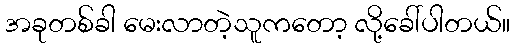
အခုတစ်ခါ မေးလာတဲ့သူကတော့ လို့ခေါ်ပါတယ်။